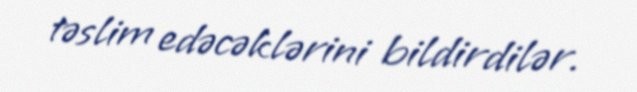
təslim edəcəklərini bildirdilər.